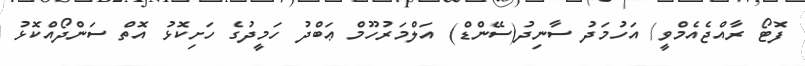
ފޮޓޯ ރާއްޖެއެމްވީ/ އަހުމަދު ސާނިދު(ސޭންޑް) އަލްމަރުހޫމް ޢަބްދު ހަމީދުގެ ހަށިކޮޅު އޮތް ސަންދޯއްކޮޅު